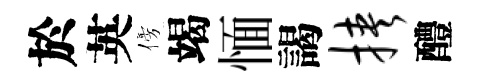
於英傍竭愐謁挟醴